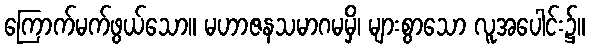
ကြောက်မက်ဖွယ်သော။ မဟာဇနသမာဂမမှိ၊ များစွာသော လူအပေါင်း၌။